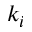
k _ { i }